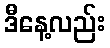
ဒီနေ့လည်း